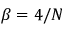
\beta = 4 / N